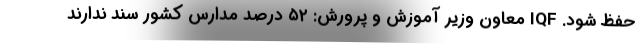
حفظ شود. IQF معاون وزیر آموزش و پرورش: ۵۲ درصد مدارس کشور سند ندارند